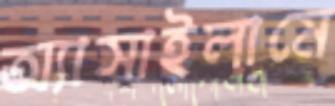
অ্যাসাইলামে